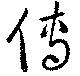
博